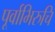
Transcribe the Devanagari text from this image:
पूर्वाभिरुचि